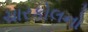
ચારકોલનો